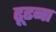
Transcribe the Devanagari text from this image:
ढ़ूढना